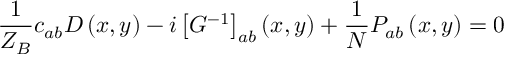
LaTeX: \frac { 1 } { Z _ { B } } c _ { a b } D \left( x , y \right) - i \left[ G ^ { - 1 } \right] _ { a b } \left( x , y \right) + \frac { 1 } { N } P _ { a b } \left( x , y \right) = 0